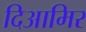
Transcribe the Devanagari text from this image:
दिआमिर